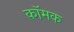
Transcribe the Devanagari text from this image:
कॉमक